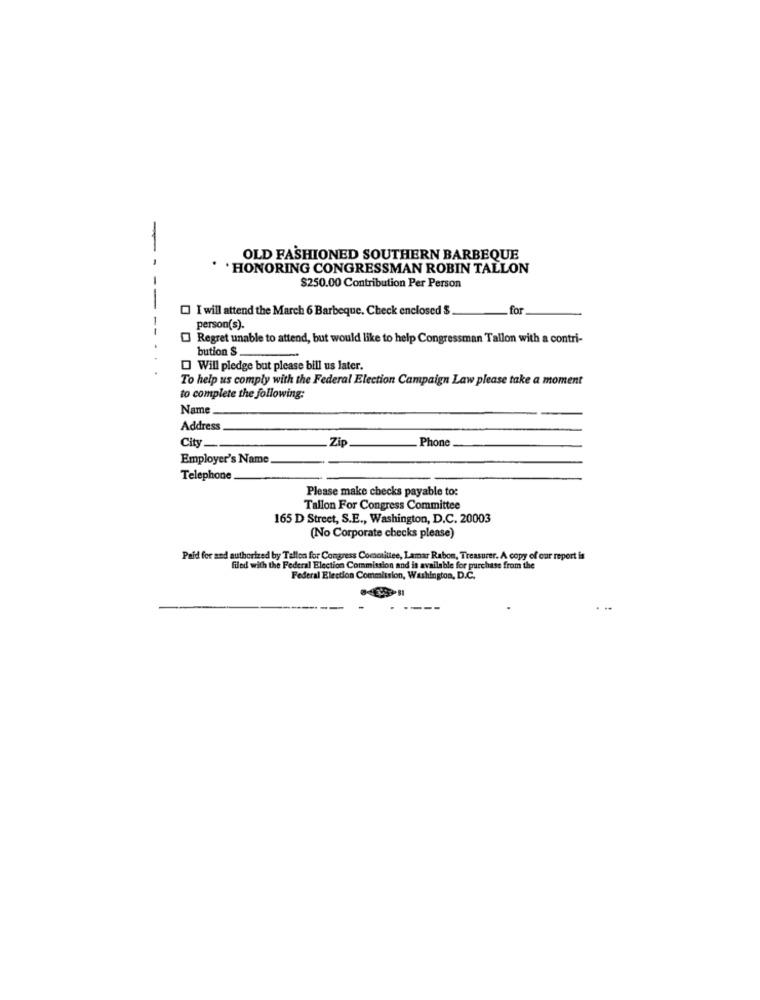
OLD FASHIONED SOUTHERN BARBEQUE
--
HONORING CONGRESSMAN ROBIN TALLON
$250.00 Contribution Per Person
I will attend the March 6 Barbeque. Check enclosed $
for
--
person(s).
Regret unable to attend, but would like to help Congressman Tallon with a contri-
bution S.
Will pledge but please bill us later.
To help us comply with the Federal Election Campaign Law please take a moment
to complete the following:
Name
Address
City_
Zip
Phone
Employer's Name
Telephone
Please make checks payable to:
Tallon For Congress Committee
165 D Street, S.E ., Washington, D.C. 20003
(No Corporate checks please)
Paid for and authorized by Tallon for Congress Committee, Lamar Rabon, Treasurer. A copy of our report is
filed with the Federal Election Commission and is available for purchase from the
Federal Election Commission, Washington, D.C.